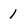
Character: 1